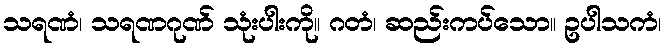
သရဏံ၊ သရဏဂုဏ် သုံးပါးကို။ ဂတံ၊ ဆည်းကပ်သော။ ဥပါသကံ၊